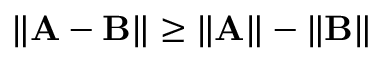
\| \mathbf { A - B } \| \geq \| \mathbf { A } \| - \| \mathbf { B } \|